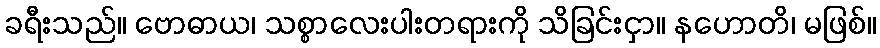
ခရီးသည်။ ဗောဓာယ၊ သစ္စာလေးပါးတရားကို သိခြင်းငှာ။ နဟောတိ၊ မဖြစ်။